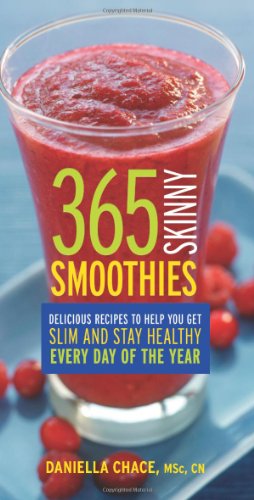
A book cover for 365 Skinny Smoothies: Delicious Recipes to Help You Get Slim and Stay Healthy Every Day of the Year; Daniella Chace; Cookbooks, Food & Wine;